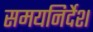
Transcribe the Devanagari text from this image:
समयनिर्देश